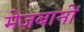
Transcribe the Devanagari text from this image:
मेज़बानों